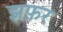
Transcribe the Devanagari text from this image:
झफ़र